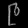
Digit: ၉